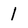
Character: 1